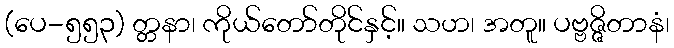
(ပေ-၅၅၃) တ္တနာ၊ ကိုယ်တော်တိုင်နှင့်။ သဟ၊ အတူ။ ပဗ္ဗဇ္ဇိတာနံ၊